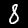
Digit: 8